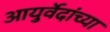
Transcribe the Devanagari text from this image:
आयुर्वेदांच्या